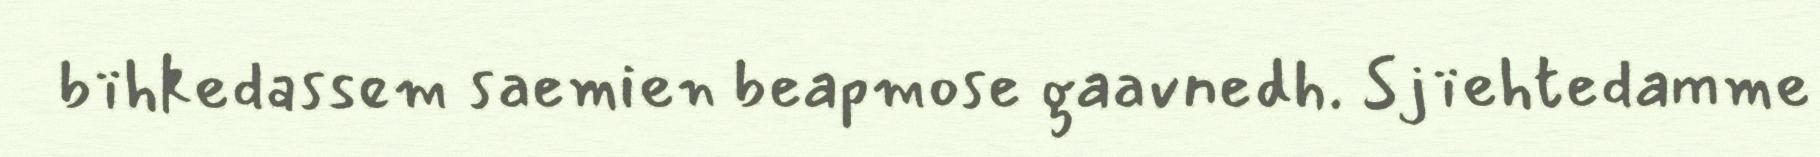
bïhkedassem saemien beapmose gaavnedh. Sjïehtedamme